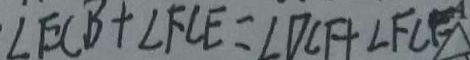
\angle E C B + \angle F C E = \angle D C F + \angle F C E \Delta